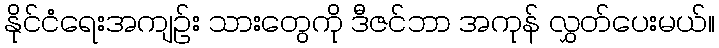
နိုင်ငံရေးအကျဉ်း သားတွေကို ဒီဇင်ဘာ အကုန် လွှတ်ပေးမယ်။